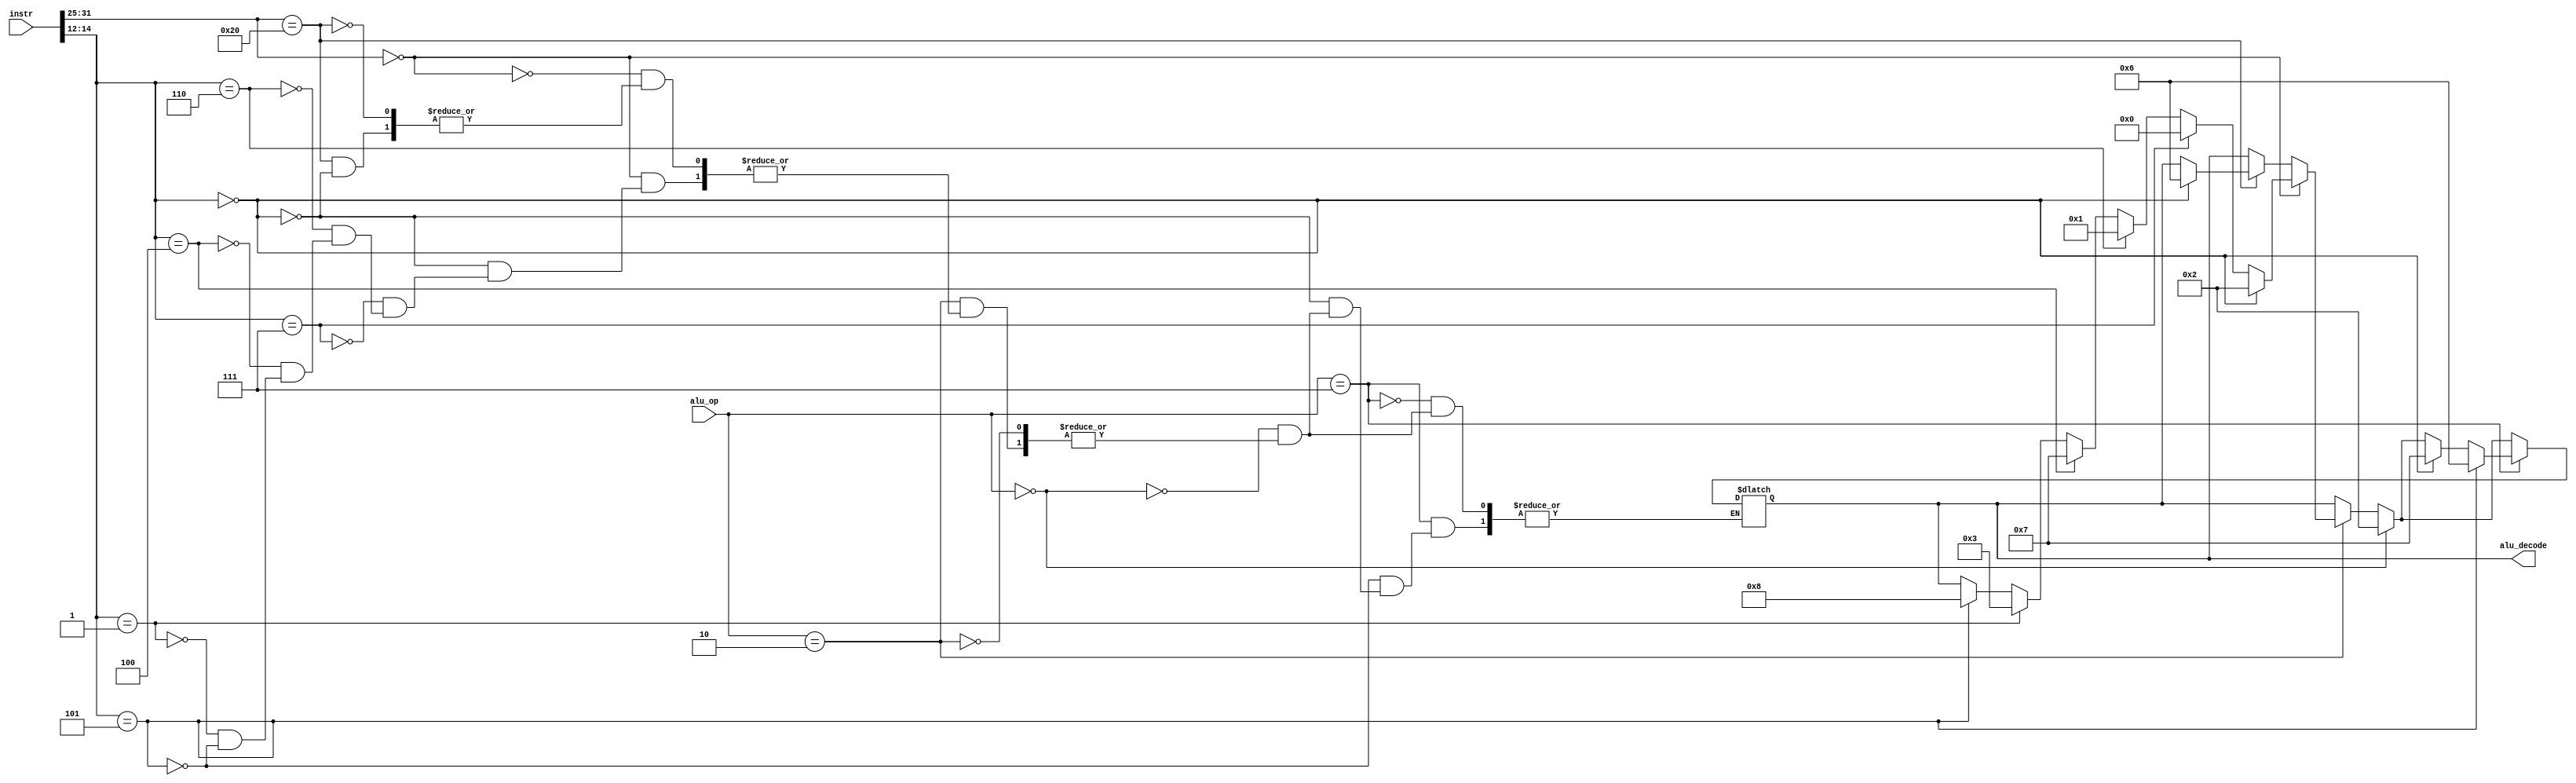
module alu_ctrl(instr, alu_op, alu_decode);

input[31:0] instr;
input[3:0] alu_op;
output reg[3:0] alu_decode;

always @(*)
begin
        if (alu_op == 4'b0010) 
        begin
            if ((instr[31:25] == 7'b0000000))
            begin
                if ((instr[14:12] == 3'b000)) begin //ADD
                    alu_decode <= 4'b0010; //2
                end
                else if ((instr[14:12] == 3'b111)) begin //AND
                    alu_decode <= 4'b0000; //0
                end
                else if ((instr[14:12] == 3'b110)) begin //OR
                    alu_decode <= 4'b0001; //1
                end
                else if ((instr[14:12] == 3'b100)) begin //XOR
                    alu_decode <= 4'b0111; //7ye
                end
                else if ((instr[14:12] == 3'b001)) begin //SLL
                    alu_decode <= 4'b0011; //3
                end
                else if ((instr[14:12] == 3'b101)) begin //SRL
                    alu_decode <= 4'b1000; //8
                end
            end
            else if ((instr[31:25] == 7'b0100000)) begin
                if ((instr[14:12] == 3'b000)) begin //SUB
                    alu_decode <= 4'b0110; //6
                end
            end
        end
        if (alu_op == 4'b0000)
        begin
            alu_decode <= 4'b0010; //2
        end
        if (alu_op == 4'b0111)
        begin
            if ((instr[14:12] == 3'b000)) begin
                alu_decode <= 4'b0111; //7
            end
            if ((instr[14:12] == 3'b101)) begin
                alu_decode <= 4'b0110;
            end
        end
end



endmodule